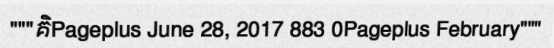
"""គិPageplus June 28, 2017 883 0Pageplus February"""